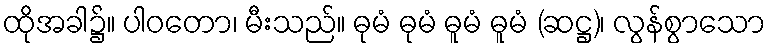
ထိုအခါ၌။ ပါဝတော၊ မီးသည်။ ဓုမံ ဓုမံ ဓူမံ ဓူမံ (ဆဋ္ဌ)၊ လွန်စွာသော